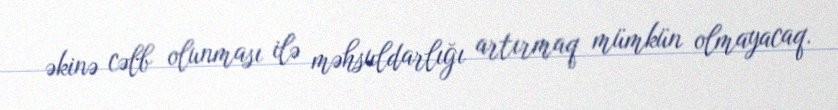
əkinə cəlb olunması ilə məhsuldarlığı artırmaq mümkün olmayacaq.